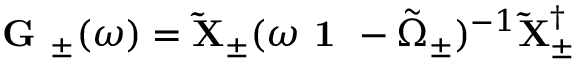
\begin{array} { r } { \textbf { G } _ { \pm } ( \omega ) = \mathbf { \tilde { X } } _ { \pm } ( \omega \textbf { 1 } - \boldsymbol { \tilde { \Omega } } _ { \pm } ) ^ { - 1 } \mathbf { \tilde { X } } _ { \pm } ^ { \dagger } } \end{array}